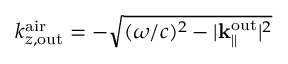
k _ { z , \mathrm { o u t } } ^ { \mathrm { a i r } } = - \sqrt { ( \omega / c ) ^ { 2 } - | { \bf k } _ { \parallel } ^ { \mathrm { o u t } } | ^ { 2 } }